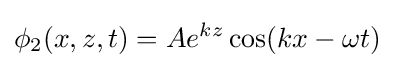
\phi _{2}(x,z,t)=Ae^{kz}\cos(kx-\omega t)